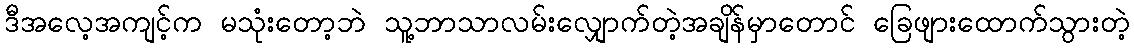
ဒီအလေ့အကျင့်က မသုံးတော့ဘဲ သူ့ဘာသာလမ်းလျှောက်တဲ့အချိန်မှာတောင် ခြေဖျားထောက်သွားတဲ့